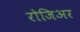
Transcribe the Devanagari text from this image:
रोजिअर